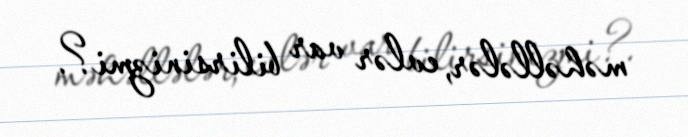
məhəllələr, evlər var bilirsinizmi?.